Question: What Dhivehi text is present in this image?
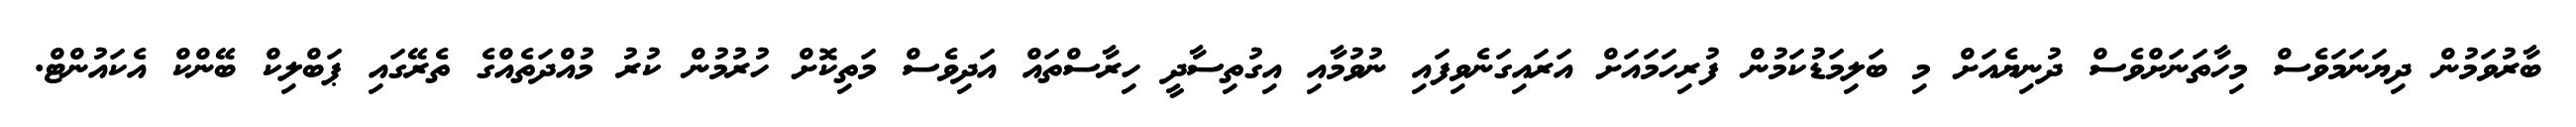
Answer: ބާރުވަމުން ދިޔަނަމަވެސް މިހާތަނަށްވެސް ދުނިޔެއަށް މި ބަލިމަޑުކަމުން ފުރިހަމައަށް އަރައިގަނެވިފައި ނުވުމާއި އިގުތިސާދީ ހިރާސްތައް އަދިވެސް މަތިކޮށް ހުރުމުން ކުރު މުއްދަތެއްގެ ތެރޭގައި ޕަބްލިކް ބޭންކް އެކައުންޓް.